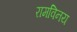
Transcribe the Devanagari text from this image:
रामविनय